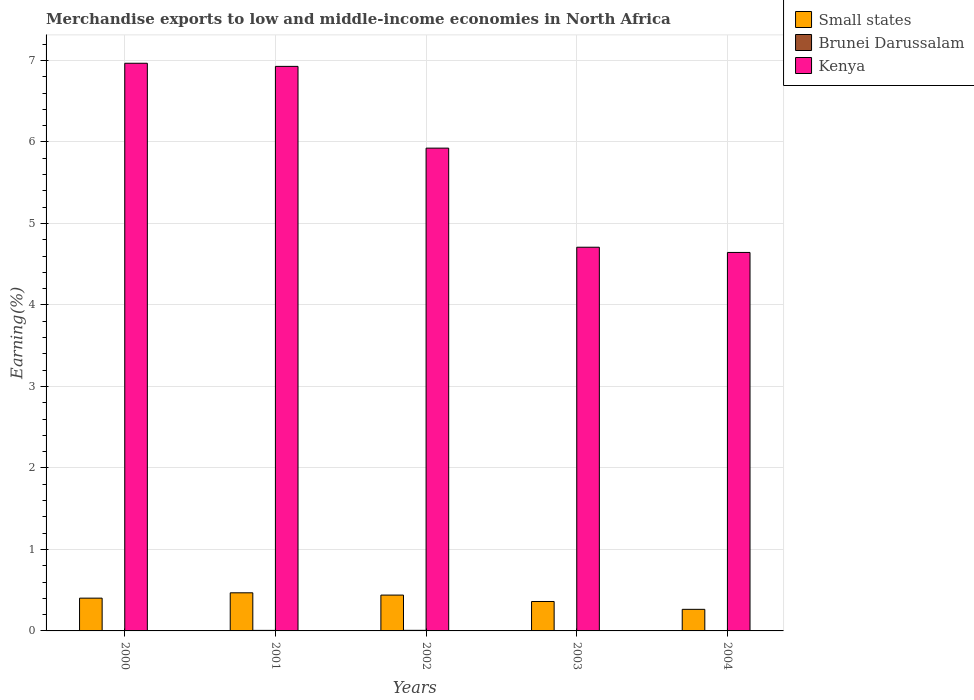
| Years | Small states | Brunei Darussalam | Kenya |
 | --- | --- | --- | --- |
 | 2000 | 0.402 | 0.00401 | 6.97 |
 | 2001 | 0.468 | 0.00667 | 6.93 |
 | 2002 | 0.44 | 0.00716 | 5.92 |
 | 2003 | 0.361 | 0.00292 | 4.71 |
 | 2004 | 0.265 | 0.00104 | 4.64 |